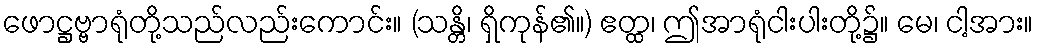
ဖောဋ္ဌဗ္ဗာရုံတို့သည်လည်းကောင်း။ (သန္တိ၊ ရှိကုန်၏။) ဧတ္ထ၊ ဤအာရုံငါးပါးတို့၌။ မေ၊ ငါ့အား။